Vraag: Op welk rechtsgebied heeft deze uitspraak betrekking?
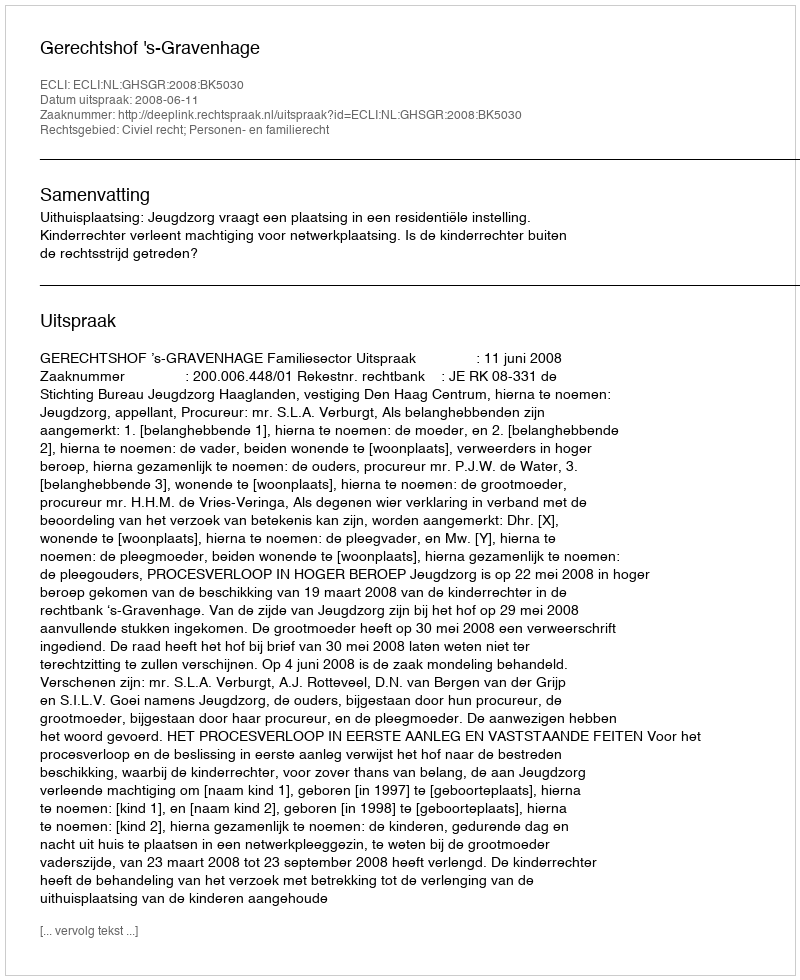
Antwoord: Civiel recht; Personen- en familierecht